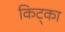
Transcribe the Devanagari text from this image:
किट्का